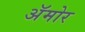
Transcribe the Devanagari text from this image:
अॅमोर